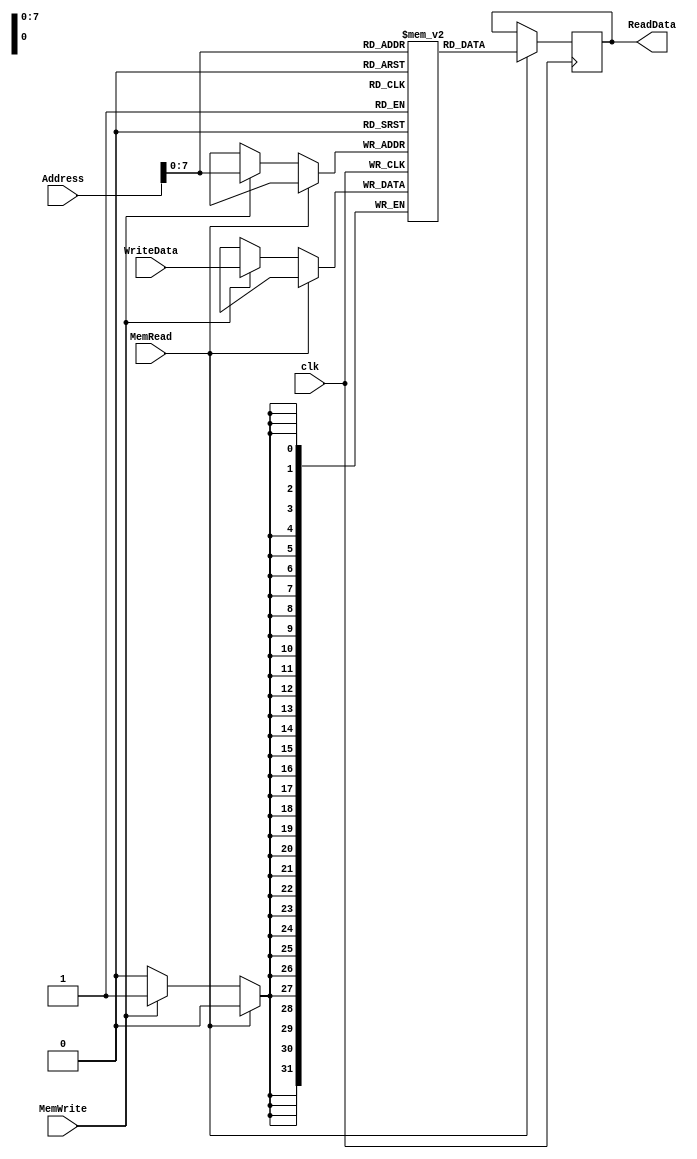
module DataMemory #(
    //parameters
    parameter MEM_DEPTH = 8
) (
    input clk,
    input [31:0] Address, WriteData,
    input MemWrite, MemRead,

    output reg [31:0] ReadData
);
    reg [31:0] DataMem [0:2 ** MEM_DEPTH - 1];

    always @(posedge clk) begin
        if (MemRead) begin
            ReadData <= DataMem[Address];
        end
        else if (MemWrite) begin
            DataMem[Address] <= WriteData;
        end
    end
endmodule

////////////////////////////////////////////
// this Code for word align and it's work //
////////////////////////////////////////////

// module DataMemory #(
//     //parameters
//     parameter MEM_DEPTH = 1024
// ) (
//     input clk,
//     input [31:0] Address, WriteData,
//     input MemWrite, MemRead,

//     output reg [31:0] ReadData
// );
//     reg [7:0] DataMem [0:2 ** MEM_DEPTH - 1];
//     always @(posedge clk) begin
//         if (MemRead) begin
//             ReadData <= {DataMem[Address], DataMem[Address+1], DataMem[Address+2], DataMem[Address+3]};
//         end
//         else if (MemWrite) begin
//             {DataMem[Address], DataMem[Address+1], DataMem[Address+2], DataMem[Address+3]} <= WriteData;
//         end
//     end
// endmodule